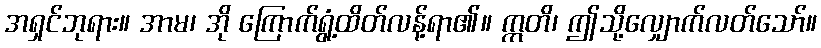
အရှင်ဘုရား။ အာမ၊ အို ကြောက်ရွံ့ထိတ်လန့်ရာ၏။ ဣတိ၊ ဤသို့လျှောက်လတ်သော်။